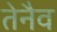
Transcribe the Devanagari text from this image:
तेनैव